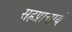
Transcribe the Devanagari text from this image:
सहप्राचार्य